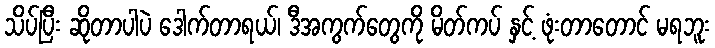
သိပ်ပြီး ဆိုတာပါပဲ ဒေါက်တာရယ်၊ ဒီအကွက်တွေကို မိတ်ကပ် နှင့် ဖုံးတာတောင် မရဘူး